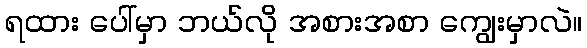
ရထား ပေါ်မှာ ဘယ်လို အစားအစာ ကျွေးမှာလဲ။